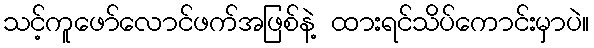
သင့်ကူဖော်လောင်ဖက်အဖြစ်နဲ့ ထားရင်သိပ်ကောင်းမှာပဲ။